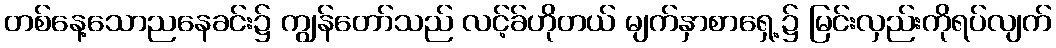
တစ်နေ့သောညနေခင်း၌ ကျွန်တော်သည် လင့်ခ်ဟိုတယ် မျက်နှာစာရှေ့၌ မြင်းလှည်းကိုရပ်လျက်